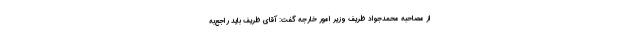
از مصاحبه محمدجواد ظریف وزیر امور خارجه گفت:‌ آقای ظریف باید راجع‌به